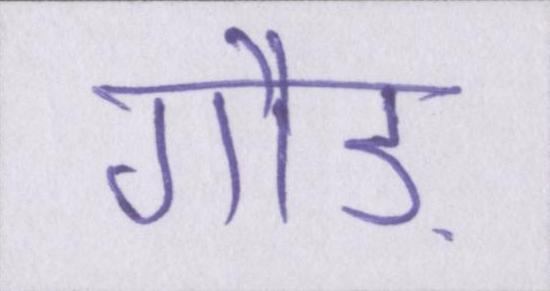
गौड़